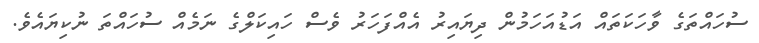
ސުހައްތަގެ ވާހަކަތައް އަޑުއަހަމުން ދިޔައިރު އެއްފަހަރު ވެސް ހައިކަލްގެ ނަމެއް ސުހައްތަ ނުކިޔައެވެ.